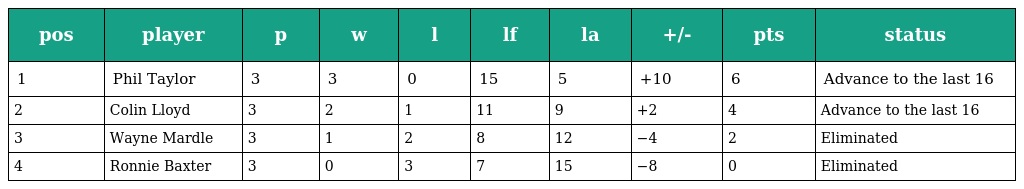
| pos | player | p | w | l | lf | la | +/- | pts | status |
 | --- | --- | --- | --- | --- | --- | --- | --- | --- | --- |
 | 1 | Phil Taylor | 3 | 3 | 0 | 15 | 5 | +10 | 6 | Advance to the last 16 |
 | 2 | Colin Lloyd | 3 | 2 | 1 | 11 | 9 | +2 | 4 | Advance to the last 16 |
 | 3 | Wayne Mardle | 3 | 1 | 2 | 8 | 12 | −4 | 2 | Eliminated |
 | 4 | Ronnie Baxter | 3 | 0 | 3 | 7 | 15 | −8 | 0 | Eliminated |